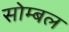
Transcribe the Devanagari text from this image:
सोम्बल